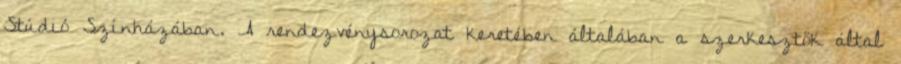
Stúdió Színházában. A rendezvénysorozat keretében általában a szerkesztők által